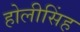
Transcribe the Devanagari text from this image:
होलीसिंह